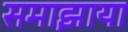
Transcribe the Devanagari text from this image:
समाझाया